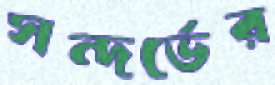
সন্দর্ভের